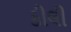
કીલી